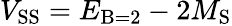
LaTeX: V_{\mathrm{SS}}=E_{\mathrm{B}=2}-2M_{\mathrm{S}}